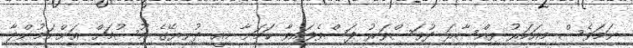
ނަމަވެސް މިއަހަރު ވިއްސާރަ ދުވަސްވަރު ފަސްވެފައިވާ ކަމަށާ މިއީ ދުނިޔޭގެ މޫސުމަށް އަންނަމުންދާ